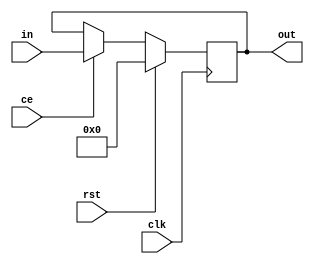
`timescale 1ns / 1ps
//////////////////////////////////////////////////////////////////////////////////
// Company: 
// Engineer: 
// 
// Design Name: 
// Module Name: Reg
// Project Name: 
// Target Devices: 
// Tool Versions: 
// Description: 
// 
// Dependencies: 
// 
// Revision:
// Revision 0.01 - File Created
// Additional Comments:
// 
//////////////////////////////////////////////////////////////////////////////////


module Reg
    #(parameter  WIDTH_IN=4,RSTTYPE="SYNC" )
    (
        output reg [WIDTH_IN-1:0] out,
        input  [WIDTH_IN-1:0] in,
        input clk,rst,ce
    );
    generate
        case (RSTTYPE)
            "SYNC":
                begin
                    always @(posedge clk) 
                    begin
                        if (rst) 
                            begin
                                out<=0;    
                            end
                        else
                            begin
                                if (ce) 
                                begin
                                    out<=in;    
                                end
                            end
                    end
                end
            "ASYNC":
                begin
                    always @(posedge clk,posedge rst) 
                    begin
                        if (rst) 
                            begin
                                out<=0;    
                            end
                        else
                            begin
                                if (ce) 
                                begin
                                    out<=in;    
                                end
                            end
                    end
                    
                end 
            default: 
             begin
                    always @(posedge clk) 
                    begin
                        if (rst) 
                            begin
                                out<=0;    
                            end
                        else
                            begin
                                if (ce) 
                                begin
                                    out<=in;    
                                end
                            end
                    end
                end
        endcase
    endgenerate
endmodule